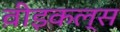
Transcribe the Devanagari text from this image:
व़ीइकल्स